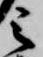
之